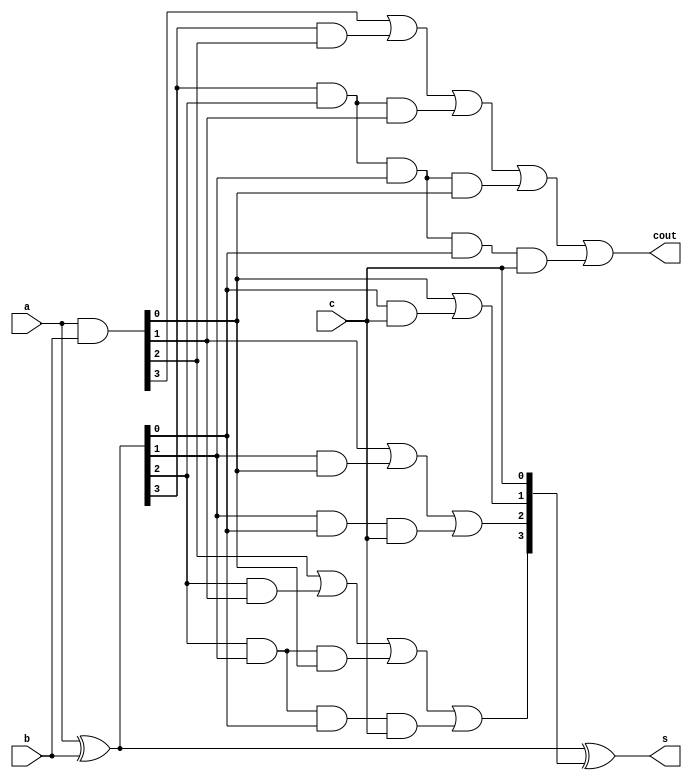
module cla4(s,cout,a,b,c);
input[3:0] a,b;
input c;
output[3:0] s;
output cout;
wire [3:0]p,g,k;
assign p=a^b;
assign g=a&b;
assign k[0]=c;
assign k[1]=g[0]|(p[0]&c);
assign k[2]=g[1]|(p[1]&g[0])|(p[1]&p[0]&c);
assign k[3]=g[2]|(p[2]&g[1])|(p[2]&p[1]&g[0])|(p[2]&p[1]&p[0]&c);
assign cout=g[3]|(p[3]&g[2])|(p[3]&p[2]&g[1])|(p[3]&p[2]&p[1]&g[0])|(p[3]&p[2]&p[1]&p[0]&c);
assign s=p^k;
endmodule